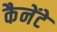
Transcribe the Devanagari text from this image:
कैनेंटे